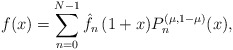
\begin{align*}f(x)=\sum_{n=0}^{N-1} \hat f_n\,(1+x) P_n^{(\mu,1-\mu)}(x), \end{align*}